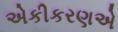
એકીકરણએ